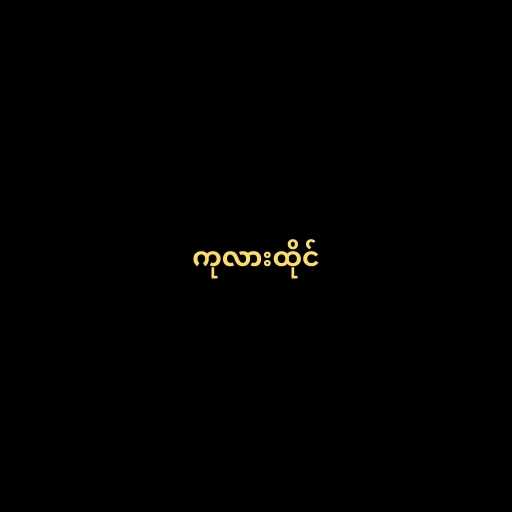
ကုလားထိုင်